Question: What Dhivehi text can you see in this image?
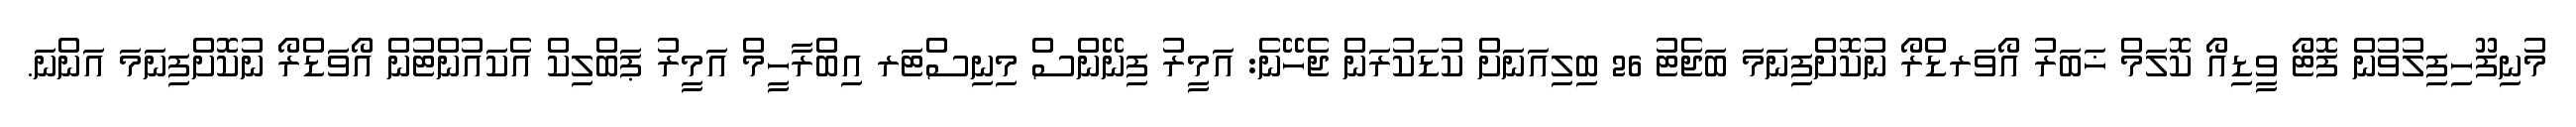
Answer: މުނިފޫހިފިލުވުން ފޮޓޯ ވީޑިއޯ ކޮލަމް ޚަބަރު އޯވަރޑްރޯ ނުކޮށްފިނަމަ ބަޖެޓު 26 ބިލިއަނަށް ކުޑަކުރަން ޖެހޭނެ: އަމީރު ފިނޭންސް މިނިސްޓަރ އިބްރާހީމް އަމީރު ޕަބްލިކް އެކައުންޓުން އޯވަޑްރޯ ނުކޮށްފިނަމަ އަންނަ.